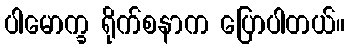
ပါမောက္ခ ရိုက်စနာက ပြောပါတယ်။